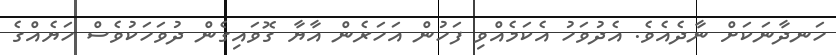
ހަނދާނަކަށް ނާދެއެވެ. އެދުވަހު އެކަމެއްވި ފަހުން އަހަރެން އާޔާ ގޮވައިގެން ދުވަހަކުވެސް ހަޔެއްގެ